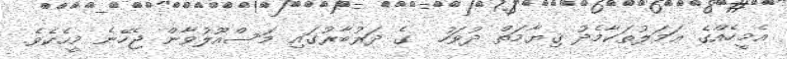
އެމީހެއްގެ ޢަމަލުތަކާމެދު ޤިޔާމަތް ދުވަހު  ގެ ދަރުބާރުގައި މަސްއޫލުވާން ޖެހޭނެ މީހެކެވެ.